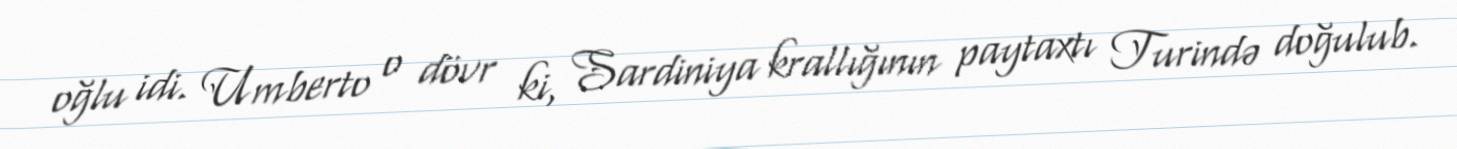
oğlu idi. Umberto o dövr ki, Sardiniya krallığının paytaxtı Turində doğulub.